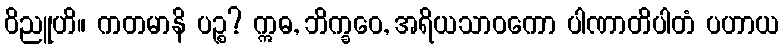
ဝိညူဟိ။ ကတမာနိ ပဉ္စ? ဣဓ, ဘိက္ခဝေ, အရိယသာဝကော ပါဏာတိပါတံ ပဟာယ